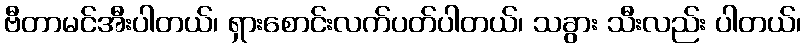
ဗီတာမင်အီးပါတယ်၊ ရှားစောင်းလက်ပတ်ပါတယ်၊ သခွား သီးလည်း ပါတယ်၊